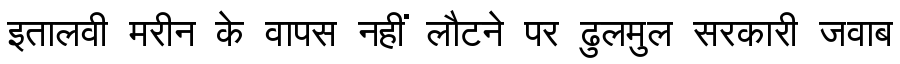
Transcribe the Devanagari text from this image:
इतालवी मरीन के वापस नहीं लौटने पर ढुलमुल सरकारी जवाब